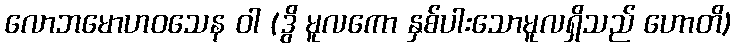
လောဘမောဟဝသေန ဝါ (ဒွိ မူလကော နှစ်ပါးသောမူလရှိသည် ဟောတိ)